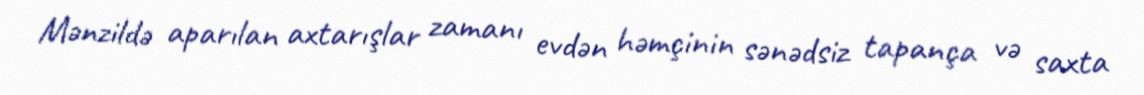
Mənzildə aparılan axtarışlar zamanı evdən həmçinin sənədsiz tapança və saxta